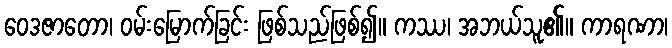
ဝေဒဇာတော၊ ဝမ်းမြောက်ခြင်း ဖြစ်သည်ဖြစ်၍။ ကဿ၊ အဘယ်သူ၏။ ကာရဏာ၊